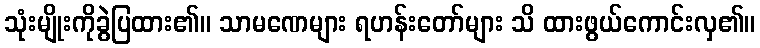
သုံးမျိုးကိုခွဲပြထား၏။ သာမဏေများ ရဟန်းတော်များ သိ ထားဖွယ်ကောင်းလှ၏။